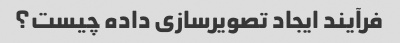
فرآیند ایجاد تصویرسازی داده چیست؟